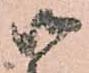
御